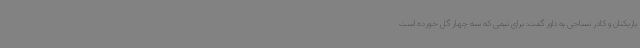
بازیکنان و کادر نساجی به داور گفت: برای تیمی که سه چهار گل خورده است